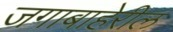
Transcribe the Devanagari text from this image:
जगाबाहेरील